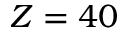
Z = 4 0